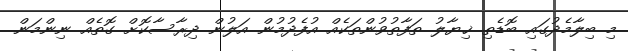
މި ބިލާމެދުގައި ބޮޑެތި ޚިޔާލު ތަފާތުވުންތަކެއް އުފެދުމުން އަލުން ދިރާސާކޮށް ގޮތެއް ނިންމަން